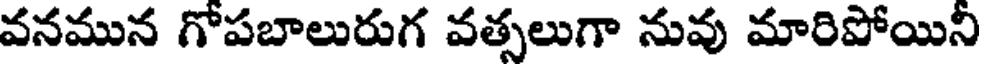
వనమున గోపబాలురుగ వత్సలుగా నువు మారిపోయిని